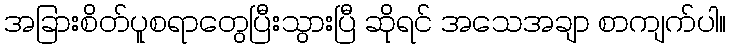
အခြားစိတ်ပူစရာတွေပြီးသွားပြီ ဆိုရင် အသေအချာ စာကျက်ပါ။